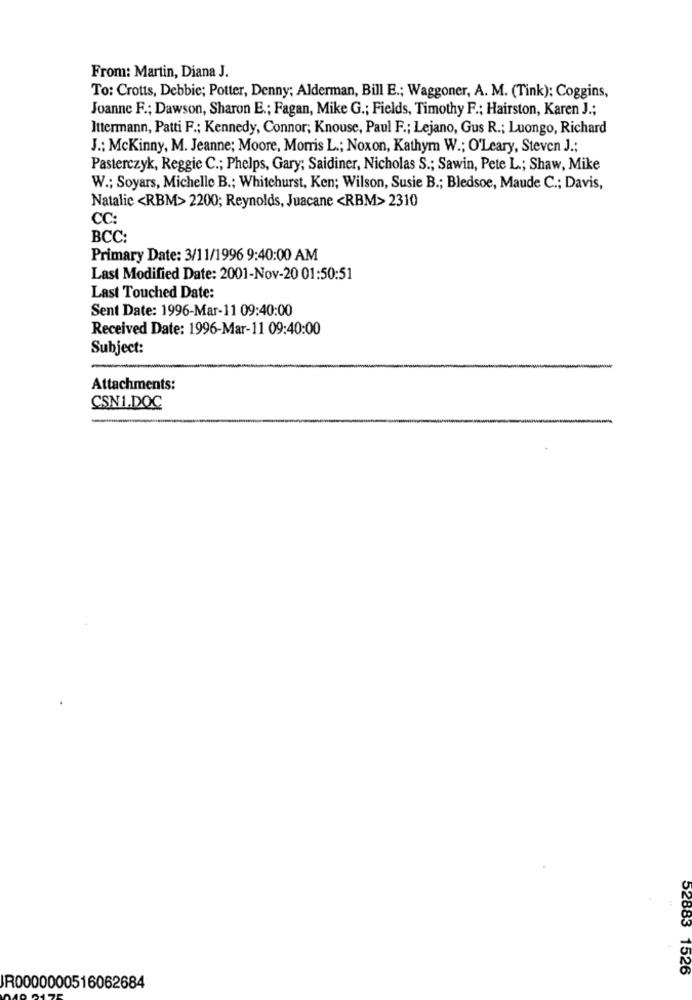
From: Martin, Diana J.
To: Crotts, Debbie; Potter, Denny; Alderman, Bill E .; Waggoner, A. M. (Tink): Coggins,
Joanne F .; Dawson, Sharon E .; Fagan, Mike G .; Fields, Timothy F .; Hairston, Karen J .;
Ittermann, Patti F .; Kennedy, Connor; Knouse, Paul F .; Lejano, Gus R .; Luongo, Richard
J .: McKinny, M. Jeanne; Moore, Morris L .; Noxon, Kathym W .; O'Leary, Steven J .;
Pasterczyk, Reggie C .; Phelps, Gary; Saidiner, Nicholas S .; Sawin, Pete L .; Shaw, Mike
W .; Soyars, Michelle B .; Whitehurst, Ken; Wilson, Susie B .; Bledsoe, Maude C .; Davis,
Natalie <RBM> 2200; Reynolds, Juacane <RBM> 2310
CC:
BCC:
Primary Date: 3/11/1996 9:40:00 AM
Last Modified Date: 2001-Nov-20 01:50:51
Last Touched Date:
Sent Date: 1996-Mar-11 09:40:00
Received Date: 1996-Mar-11 09:40:00
Subject:
-
Attachments:
CSN1.DOC
52883 1526
JR0000000516062684